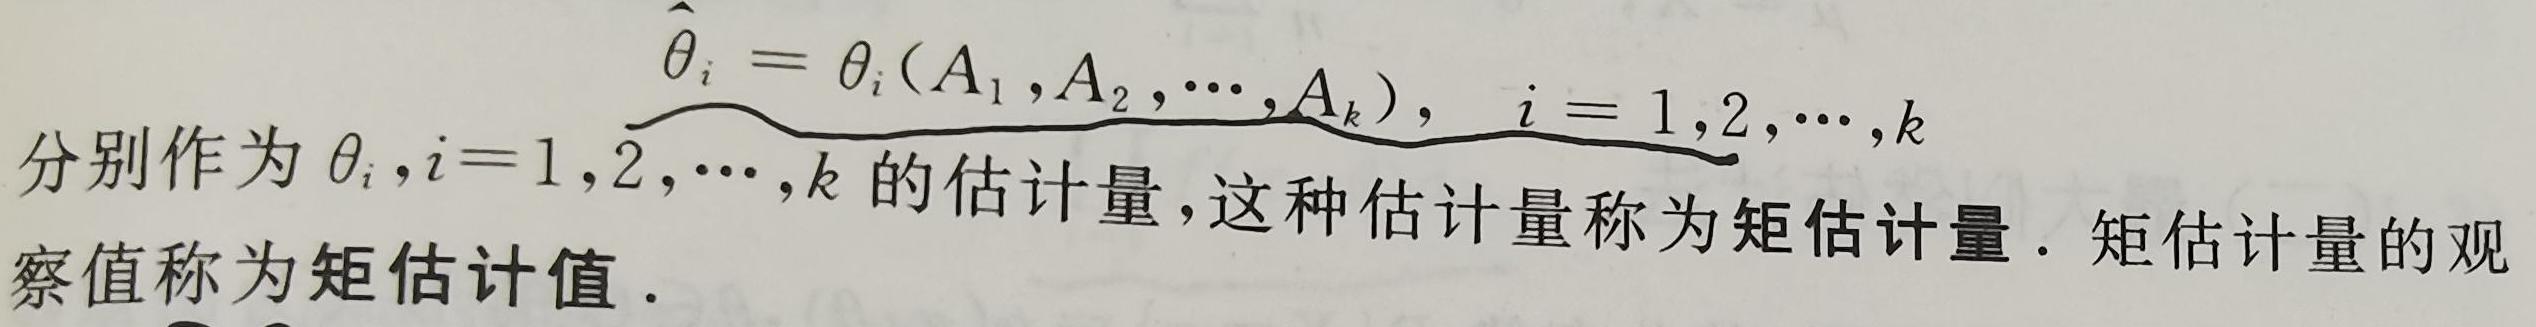
$\widehat{\theta}_{i}=\theta_{i}(A_{1},A_{2},\cdots,A_{k}),\ i = 1,2,\cdots,k$分别作为$\theta_{i},i = 1,2,\cdots,k$的估计量,这种估计量称为矩估计量. 矩估计量的观察值称为矩估计值.